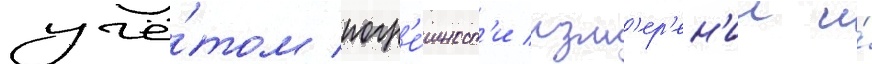
учё́том погр'е́шност'и изм'ер'ен'ии и́